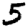
Digit: 5